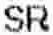
SR